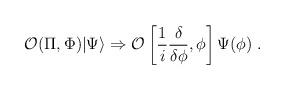
LaTeX: \begin{align*}{\cal O}(\Pi, \Phi) | \Psi \rangle \Rightarrow{\cal O}\left [ \frac{1}{i} \frac{\delta}{\delta \phi}, \phi\right ] \Psi(\phi) \; .\end{align*}